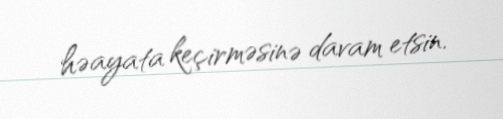
həayata keçirməsinə davam etsin.